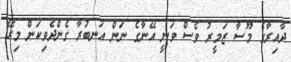
ދާއިރާގެ މޫސާ ޒަމީރު ވެސް ވަނީ އޭނާގެ ނަން އަނބުރާ ގެންދެވިކަން މިރޭ